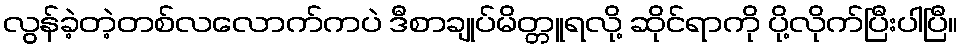
လွန်ခဲ့တဲ့တစ်လလောက်ကပဲ ဒီစာချုပ်မိတ္တူရလို့ ဆိုင်ရာကို ပို့လိုက်ပြီးပါပြီ။